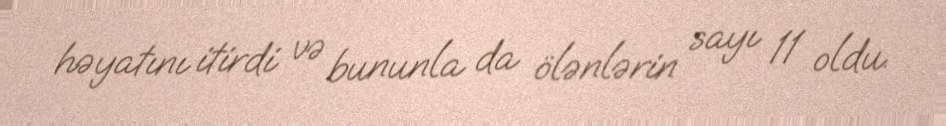
həyatını itirdi və bununla da ölənlərin sayı 11 oldu.